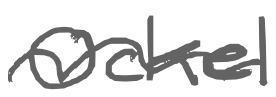
Text: Ockel
Cross-out: wave
Writing tool: digital_gray